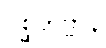
ပုစ္ဆိတဗ္ဗာနိ